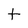
Character: t